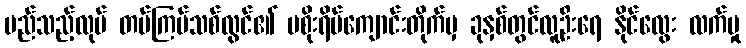
မည်သည့်လုပ် တပ်ကြပ်သစ်လွင်၏ မစိုးရိမ်ကျောင်းတိုက်မှ ခုနှစ်တွင်လူဦးရေ နိုင်လွေး လက်မှု